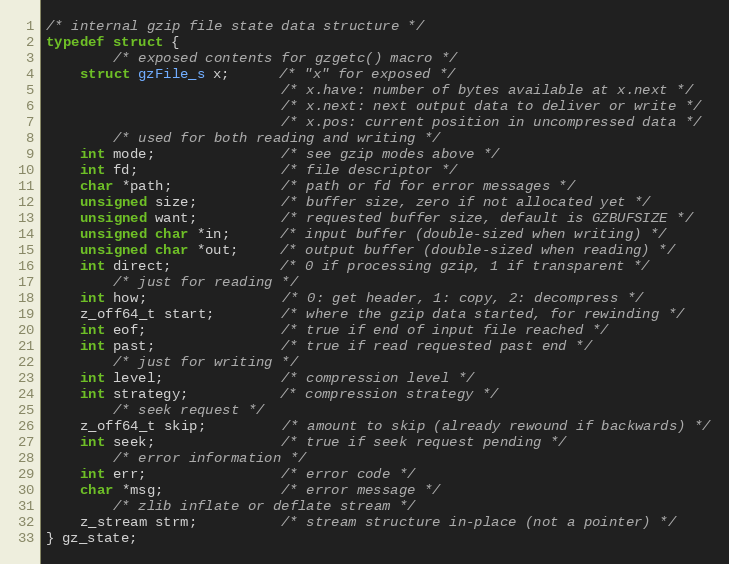
Language: C
/* internal gzip file state data structure */
typedef struct {
        /* exposed contents for gzgetc() macro */
    struct gzFile_s x;      /* "x" for exposed */
                            /* x.have: number of bytes available at x.next */
                            /* x.next: next output data to deliver or write */
                            /* x.pos: current position in uncompressed data */
        /* used for both reading and writing */
    int mode;               /* see gzip modes above */
    int fd;                 /* file descriptor */
    char *path;             /* path or fd for error messages */
    unsigned size;          /* buffer size, zero if not allocated yet */
    unsigned want;          /* requested buffer size, default is GZBUFSIZE */
    unsigned char *in;      /* input buffer (double-sized when writing) */
    unsigned char *out;     /* output buffer (double-sized when reading) */
    int direct;             /* 0 if processing gzip, 1 if transparent */
        /* just for reading */
    int how;                /* 0: get header, 1: copy, 2: decompress */
    z_off64_t start;        /* where the gzip data started, for rewinding */
    int eof;                /* true if end of input file reached */
    int past;               /* true if read requested past end */
        /* just for writing */
    int level;              /* compression level */
    int strategy;           /* compression strategy */
        /* seek request */
    z_off64_t skip;         /* amount to skip (already rewound if backwards) */
    int seek;               /* true if seek request pending */
        /* error information */
    int err;                /* error code */
    char *msg;              /* error message */
        /* zlib inflate or deflate stream */
    z_stream strm;          /* stream structure in-place (not a pointer) */
} gz_state;